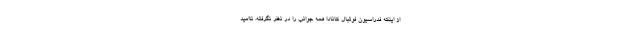
از اینکه فدراسیون فوتبال کانادا همه جوانب را در نظر نگرفته، ناامید